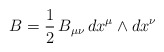
\begin{align*}B=\frac{1}{2}\,B_{\mu\nu}\,dx^\mu\wedge dx^\nu\end{align*}